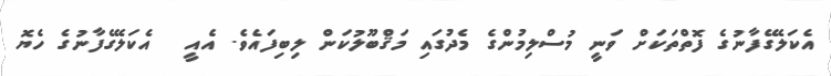
އެކަލޭގެފާނުގެ ފޮތްތަކަށް ވަނީ މުސްލިމުންގެ މެދުގައި މަޤްބޫލުކަން ލިބިފައެވެ. އެއީ     އެކަލޭގެފާނުގެ ހެޔޮ